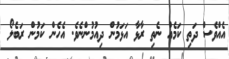
އެއްވެސް ދަތި ކަމެއް ނެތި ރާޅާ އަޅަމުން ދިއުމުންނެވެ. އެހެން ކަމުން ރަބެލޯ